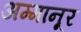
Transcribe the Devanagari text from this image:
अम्मानूर